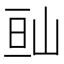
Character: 𡷆